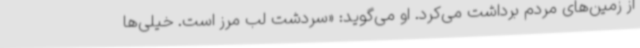
از زمین‌های مردم برداشت می‌کرد. او می‌گوید: «سردشت لب مرز است. خیلی‌ها